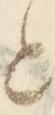
と